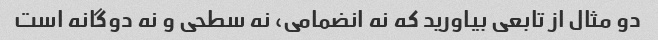
دو مثال از تابعی بیاورید که نه انضمامی، نه سطحی و نه دوگانه است